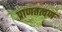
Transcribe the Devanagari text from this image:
प्राणतत्वण